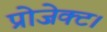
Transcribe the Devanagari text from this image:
प्रोजेक्ट।